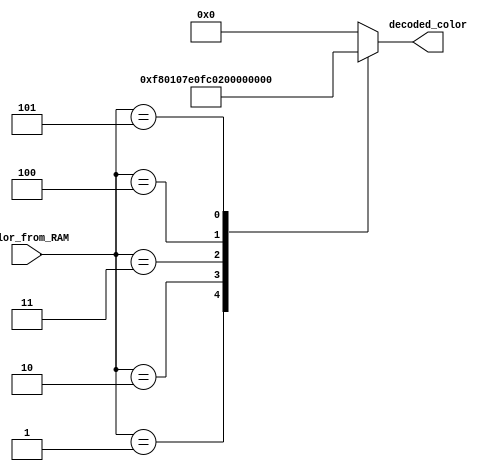
/*********************************************************************************************************
Claire Chen and Mark Zhao
ECE 5760, Spring 2017

Description: Decode 4 bit color from RAM into 16-bit color for VGA
Decoding scheme:
0x0 - black
0x1 - red
0x2 - green
0x3 - orange
0x4 - yellow
0x5 - purple
*********************************************************************************************************/

module color_from_RAM_decoder (
	color_from_RAM,
	decoded_color
);

input [3:0] color_from_RAM;
output [15:0] decoded_color;

reg [15:0] decoded_color;

always @ (*) begin
	case (color_from_RAM)
		4'h0: decoded_color = 16'h0000; //black
		4'h1: decoded_color = 16'hf801; //red
		4'h2: decoded_color = 16'h07e0; //green
		4'h3: decoded_color = 16'hfc01; //orange
		4'h4: decoded_color = 16'hffe0; //yellow
		4'h5: decoded_color = 16'h803f; //purple
		default: decoded_color = 16'h0000; //black
	endcase
end

endmodule